Code of medical and sanitary regulations for the guidance of medical officers serving in the Madras Presidency - Volume I
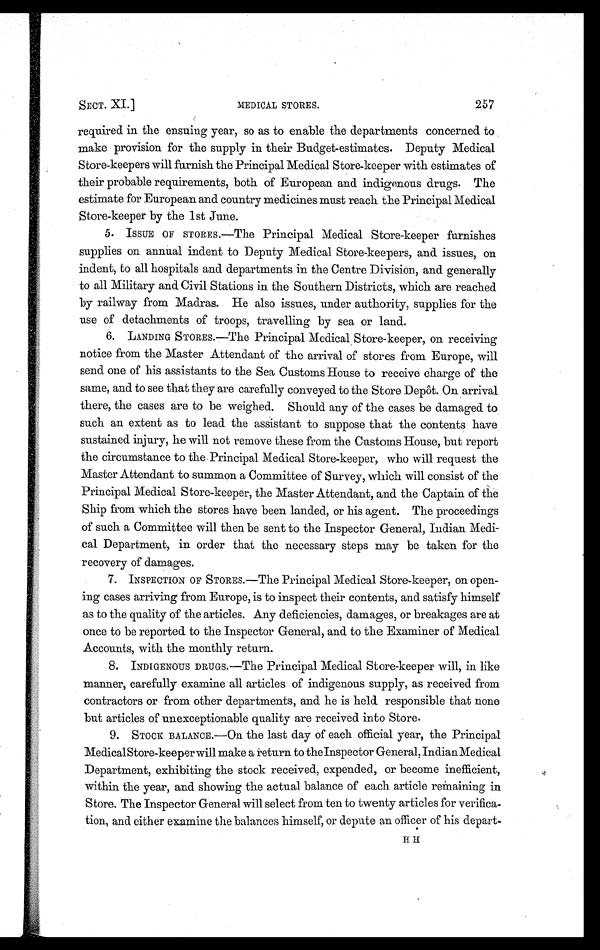
SECT. XI.] MEDICAL STORES. 257
required in the ensuing year, so as to enable the departments concerned to
make provision for the supply in their Budget-estimates. Deputy Medical
Store-keepers will furnish the Principal Medical Store-keeper with estimates of
their probable requirements, both of European and indigenous drugs. The
estimate for European and country medicines must reach the Principal Medical
Store-keeper by the 1st June.
5. ISSUE OF STORES.—The Principal Medical Store-keeper furnishes
supplies on annual indent to Deputy Medical Store-keepers, and issues, on
indent, to all hospitals and departments in the Centre Division, and generally
to all Military and Civil Stations in the Southern Districts, which are reached
by railway from Madras. He also issues, under authority, supplies for the
use of detachments of troops, travelling by sea or land.
6. LANDING STORES.—The Principal Medical Store-keeper, on receiving
notice from the Master Attendant of the arrival of stores from Europe, will
send one of his assistants to the Sea Customs House to receive charge of the
same, and to see that they are carefully conveyed to the Store Depôt. On arrival
there, the cases are to be weighed. Should any of the cases be damaged to
such an extent as to lead the assistant to suppose that the contents have
sustained injury, he will not remove these from the Customs House, but report
the circumstance to the Principal Medical Store-keeper, who will request the
Master Attendant to summon a Committee of Survey, which will consist of the
Principal Medical Store-keeper, the Master Attendant, and the Captain of the
Ship from which the stores have been landed, or his agent. The proceedings
of such a Committee will then be sent to the Inspector General, Indian Medi-
cal Department, in order that the necessary steps may be taken for the
recovery of damages.
7. INSPECTION OF STORES.—The Principal Medical Store-keeper, on open-
ing cases arriving from Europe, is to inspect their contents, and satisfy himself
as to the quality of the articles. Any deficiencies, damages, or breakages are at
once to be reported. to the Inspector General, and to the Examiner of Medical
Accounts, with the monthly return.
8. INDIGENOUS DRUGS.—The Principal Medical Store-keeper will, in like
manner, carefully examine all articles of indigenous supply, as received from
contractors or from other departments, and he is held responsible that none
but articles of unexceptionable quality are received into Store.
9. STOCK BALANCE.—On the last day of each official year, the Principal
Medical Store-keeper will make a return to the Inspector General, Indian Medical
Department, exhibiting the stock received, expended, or become inefficient,
within the year, and showing the actual balance of each article remaining in
Store. The Inspector General will select from ten to twenty articles for verifica-
tion, and either examine the balances himself, or depute an officer of his depart.